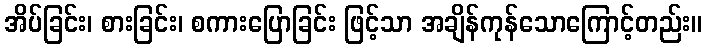
အိပ်ခြင်း၊ စားခြင်း၊ စကားပြောခြင်း ဖြင့်သာ အချိန်ကုန်သောကြောင့်တည်း။